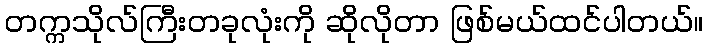
တက္ကသိုလ်ကြီးတခုလုံးကို ဆိုလိုတာ ဖြစ်မယ်ထင်ပါတယ်။